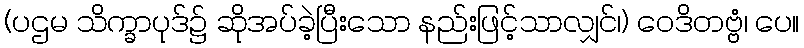
(ပဌမ သိက္ခာပုဒ်၌ ဆိုအပ်ခဲ့ပြီးသော နည်းဖြင့်သာလျှင်၊) ဝေဒိတဗ္ဗံ၊ ပေ။